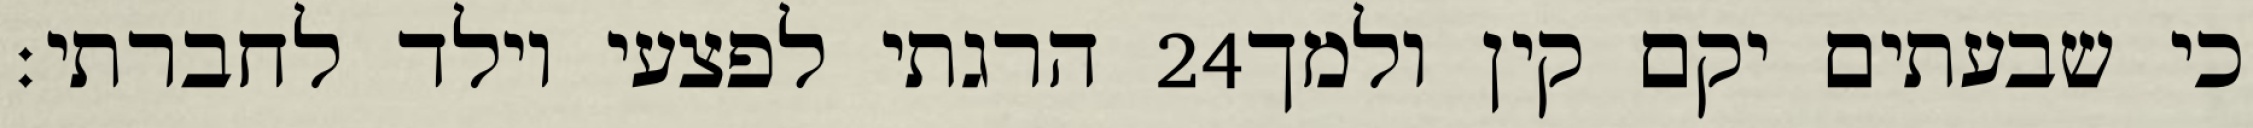
הרגתי לפצעי וילד לחברתי׃ ‎24‏ כי שבעתים יקם קין ולמך